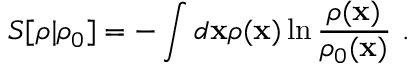
S [ \rho | \rho _ { 0 } ] = - \int d \mathbf { x } \rho ( \mathbf { x } ) \ln \frac { \rho ( \mathbf { x } ) } { \rho _ { 0 } ( \mathbf { x } ) } ~ .